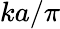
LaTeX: ka/\pi